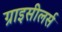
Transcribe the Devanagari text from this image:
ग्राइसीलर्स